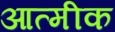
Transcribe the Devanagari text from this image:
आत्मीक